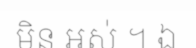
មិន អស់ ។ ឯ